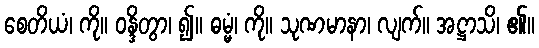
စေတိယံ၊ ကို။ ဝန္ဒိတွာ၊ ၍။ ဓမ္မံ၊ ကို။ သုဏမာနာ၊ လျက်။ အဋ္ဌာသိ၊ ၏။